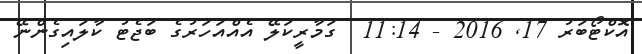
އޮކްޓޯބަރު 17